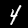
Label: 4